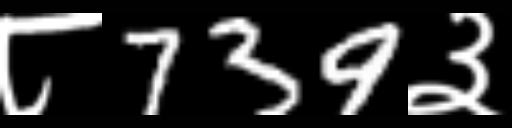
Text: ८739३